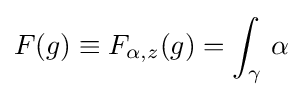
F(g)\equiv F_{\alpha ,z}(g)=\int _{\gamma }\,\alpha